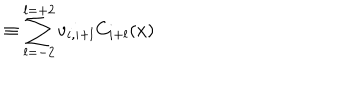
\equiv \sum _ { l = - 2 } ^ { l = + 2 } v _ { i , i + l } C _ { i + l } ( x )